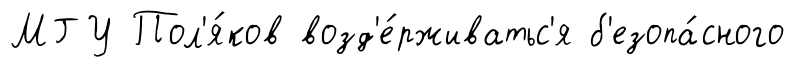
МГУ Пол'я́ков возд'е́рживатьс'я б'езопа́сного